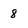
Character: 8